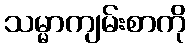
သမ္မာကျမ်းစာကို